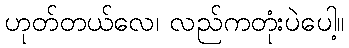
ဟုတ်တယ်လေ၊ လည်ကတုံးပဲပေါ့။